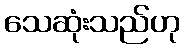
သေဆုံးသည်ဟု